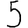
Digit: 5